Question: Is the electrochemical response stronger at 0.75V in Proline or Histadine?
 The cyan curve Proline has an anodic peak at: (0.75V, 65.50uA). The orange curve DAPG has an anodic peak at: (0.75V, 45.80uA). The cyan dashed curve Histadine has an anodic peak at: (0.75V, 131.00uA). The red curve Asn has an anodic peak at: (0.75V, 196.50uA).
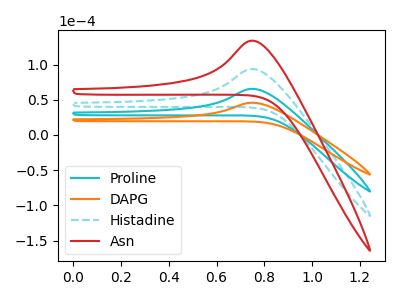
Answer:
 <answer>The peak at 0.75V is lower in "Proline" than in "Histadine".</answer>
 <eval>lower</eval>